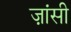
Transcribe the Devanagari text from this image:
ज़ांसी